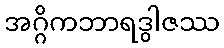
အဂ္ဂိကဘာရဒွါဇဿ